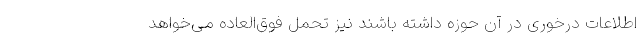
اطلاعات درخوری در آن حوزه داشته باشند نیز تحمل فوق‌العاده می‌خواهد